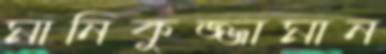
মানিকুজ্জামান